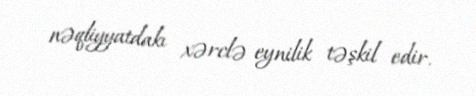
nəqliyyatdakı xərclə eynilik təşkil edir.